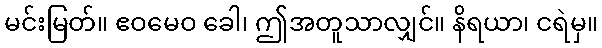
မင်းမြတ်။ ဧဝမေဝ ခေါ၊ ဤအတူသာလျှင်။ နိရယာ၊ ငရဲမှ။